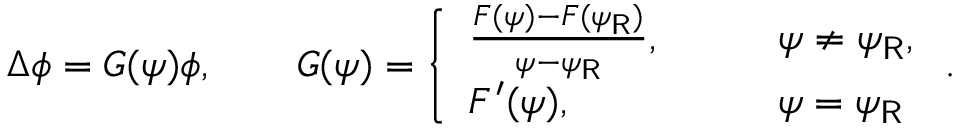
\Delta \phi = G ( \psi ) \phi , \qquad G ( \psi ) = \left\{ \begin{array} { l l } { \frac { F ( \psi ) - F ( \psi _ { \mathsf { R } } ) } { \psi - \psi _ { \mathsf { R } } } , \qquad } & { \psi \not = \psi _ { \mathsf { R } } , } \\ { F ^ { \prime } ( \psi ) , \qquad } & { \psi = \psi _ { \mathsf { R } } } \end{array} \right. .